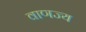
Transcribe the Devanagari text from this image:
वाणज्य